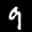
Label: 9